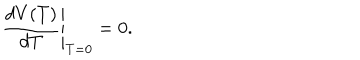
\left. \frac { d V ( T ) } { d T } \right| _ { T = 0 } = 0 .